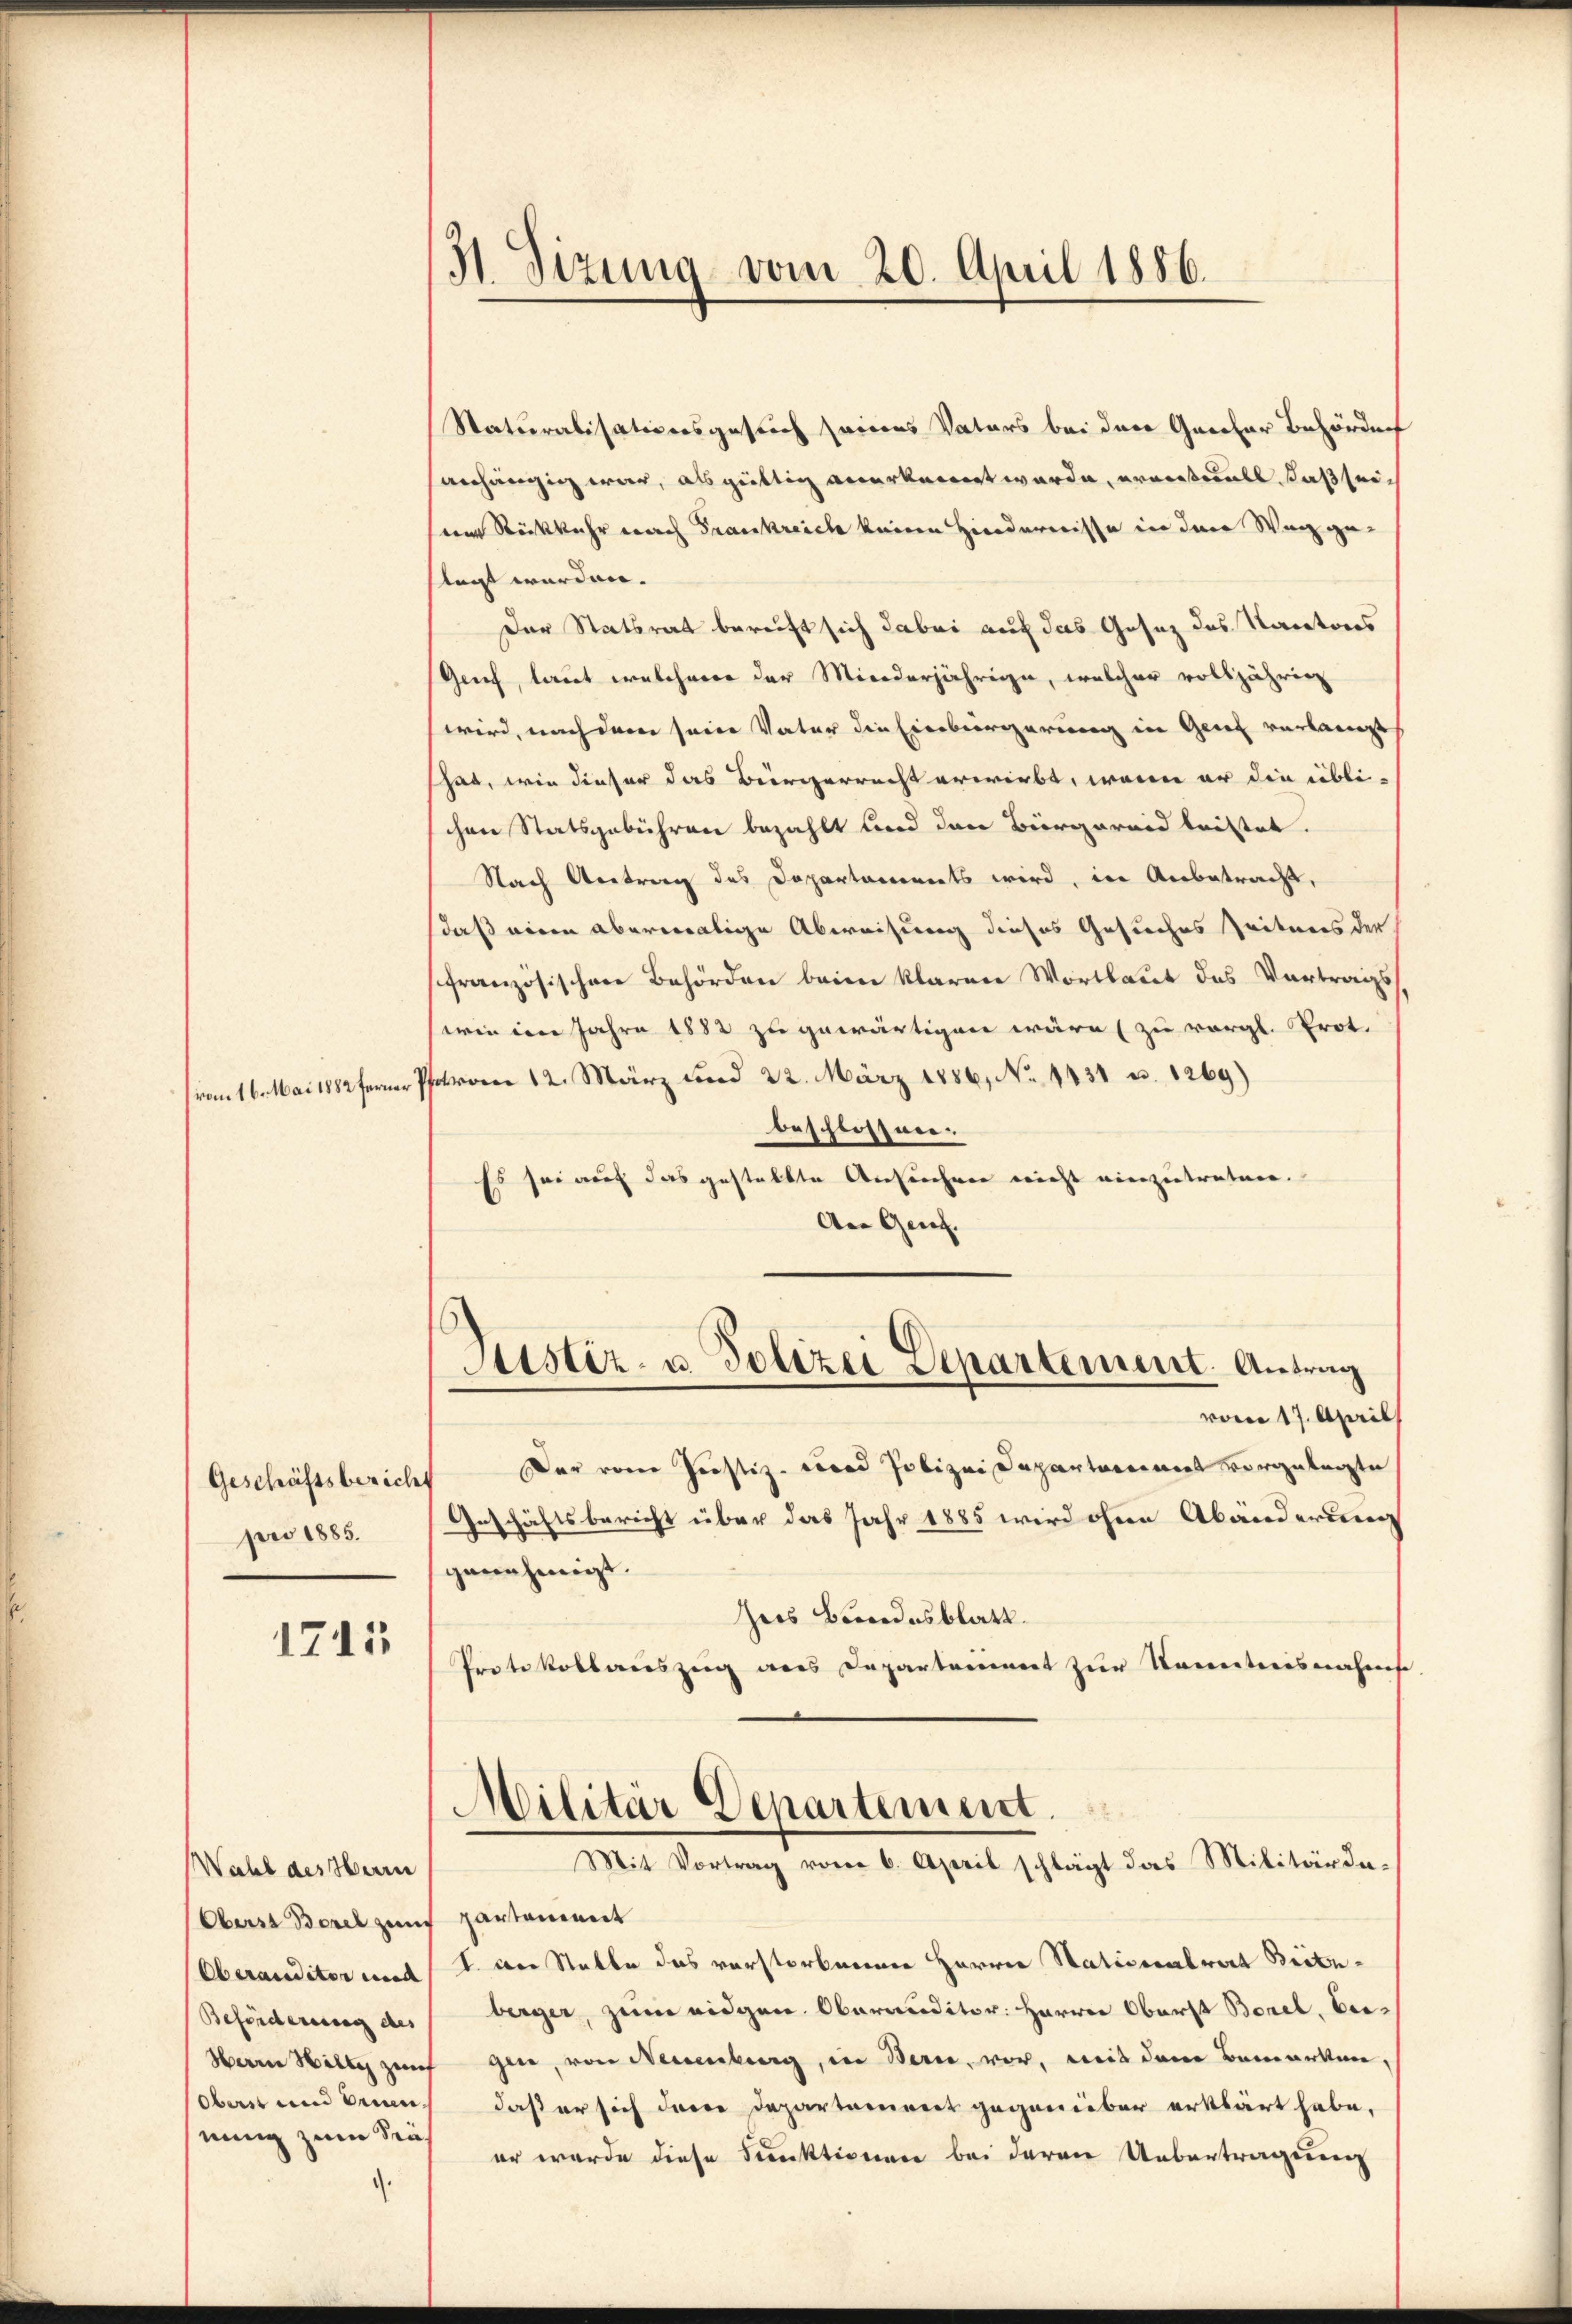
Geschäftsberich
pro 1885.

1741

Wahl des Herrn
Oberst Borch zum
Beförderung des
Herrn Welti zum
Oberst und Aren,
nung zum Stäf

H. Sizung vom 20. April 1886.

Saturalisationsgesuch seines Vaters bei der Garcher Behördnis
anhängig war, als gültig anerkannt werde, eventuell, daß seiseine Rückkehr nach Frankreich keine Hindernisse in der Weg geflegt werden.
Der Statsrat bereiht sich dabei auf das Gesez des Karatores
Genf, laut welcherer der Minderjährige, welcher volljährig
wird, nach dem sein Vater die Einbürgerung in Genf verlangt
hat, wie dieser das Bürgerrecht erwirbt, wenn er die übli-
schen Statsgebühren bezahlt und den Biergarend leistet.
Nach Antrag des Departamonets wird, in Anbetracht,
daß eine abermalige Abweisung dieses Gesuches Zeitens der
ffranzösischen Behörden beim klaren Wortlaut des Vortrags-
wie im Jahre 1882 zu gewärtigen wäre (zu vergl. Prot.
(vom 16. Mai 1882 ferner Pfarren 12. März und 22. März 1886, No 1431 u. 1269)
beschlossnen.
Es sei auf das gestellte Ansuchen nicht einzutreten.
An Genf.

Justiz- u. Polizei Departement. Antrag

vom 17. April
Der vom Justiz-Cord Polizei Departariant vorgelegte
Geschäftsbericht über das Jahr 1885 wird ohne Abänderbena
genehmigt.
hers Bundesblatt.
Protokollauszug aus Departeiert zur Kenntnisnahms
Militär Departement.
Mit Vortrag vom 6. April schlägt das Militärdepartement
Oberauditor und I. an Stalle das verstorbnennen Herren Nationalrat Brituberger, zum eidgen. Oberauditor: Herren Oberst Borel, beigen, von Neuenburg, in Bern, vor, mit dem Bemerken,
daß er sich deine Departament gegenüber erklärt habe,
er wurde diese Funktionen bei deren Uebertragung